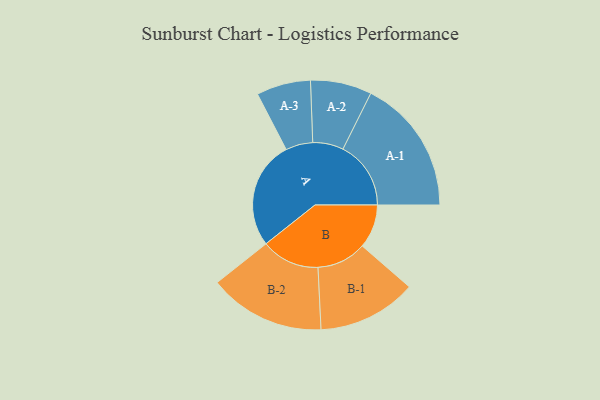
{"axis": {"x": "Segment", "y": "Value"}, "legend": ["", "A", "B"], "data": [{"x": "A", "y": 434, "type": ""}, {"x": "B", "y": 176, "type": ""}, {"x": "A-1", "y": 273, "type": "A"}, {"x": "A-2", "y": 123, "type": "A"}, {"x": "A-3", "y": 109, "type": "A"}, {"x": "B-1", "y": 199, "type": "B"}, {"x": "B-2", "y": 234, "type": "B"}]}